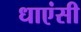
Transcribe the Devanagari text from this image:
धाएंसी